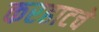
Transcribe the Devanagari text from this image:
करहाटचे